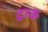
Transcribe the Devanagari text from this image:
ट्राक